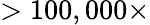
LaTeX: >100,000\times